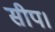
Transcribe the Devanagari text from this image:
सीप।